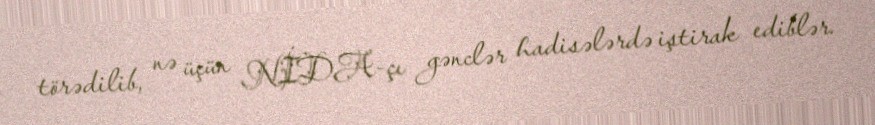
törədilib, nə üçün NİDA-çı gənclər hadisələrdə iştirak ediblər.